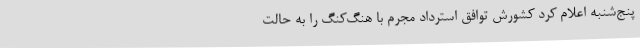
پنج‌شنبه اعلام کرد کشورش توافق استرداد مجرم با هنگ‌کنگ را به حالت